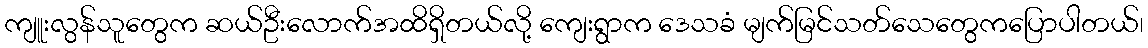
ကျူးလွန်သူတွေက ဆယ်ဦးလောက်အထိရှိတယ်လို့ ကျေးရွာက ဒေသခံ မျက်မြင်သတ်သေတွေကပြောပါတယ်၊